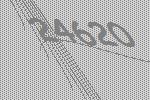
24620